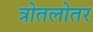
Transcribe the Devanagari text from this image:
त्रोतलोतर